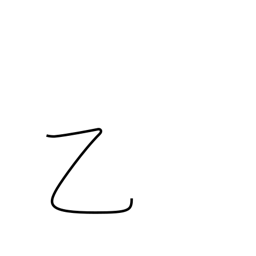
Meaning: strange